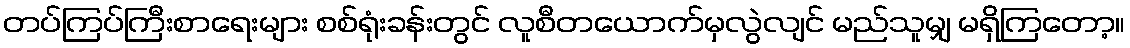
တပ်ကြပ်ကြီးစာရေးများ စစ်ရုံးခန်းတွင် လူစီတယောက်မှလွဲလျင် မည်သူမျှ မရှိကြတော့။